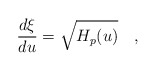
\begin{align*}{\frac{d\xi}{du}} = \sqrt{H_p(u)} \quad ,\end{align*}